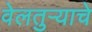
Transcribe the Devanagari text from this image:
वेलतुऱ्याचे